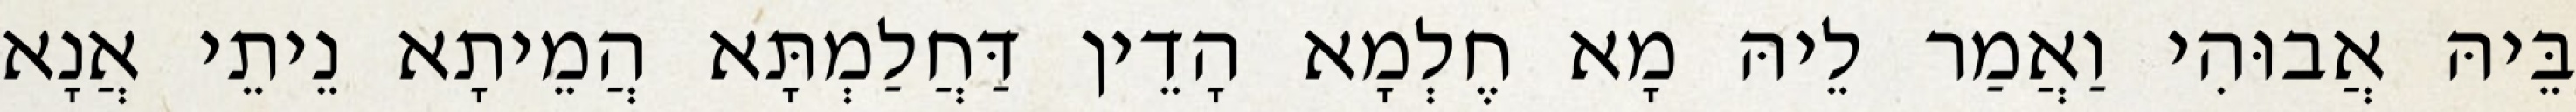
בֵּיהּ אֲבוּהִי וַאֲמַר לֵיהּ מָא חֶלְמָא הָדֵין דַּחֲלַמְתָּא הֲמֵיתָא נֵיתֵי אֲנָא